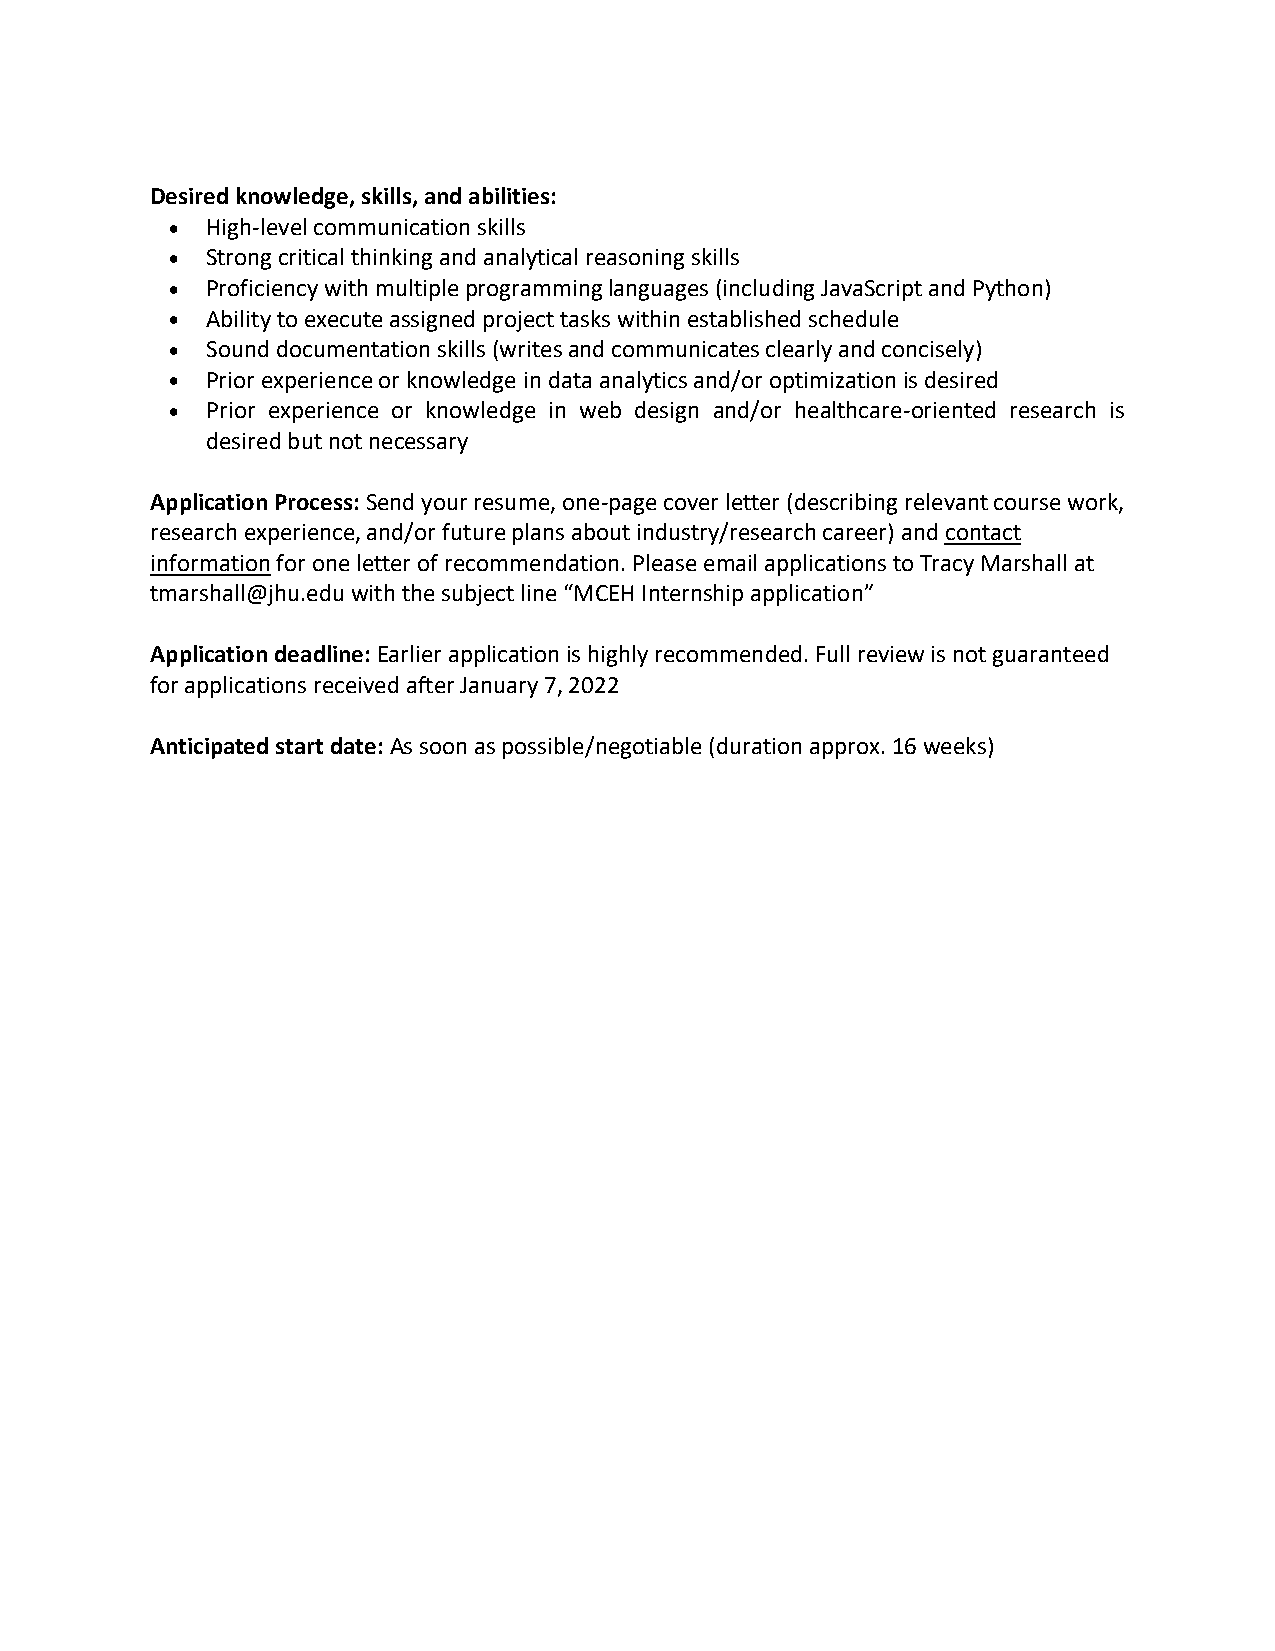
Desired knowledge, skills, and abilities:
 •  High-level communication skills
 •  Strong critical thinking and analytical reasoning skills
 •  Proficiency with multiple programming languages (including JavaScript and Python)
 •  Ability to execute assigned project tasks within established schedule
 •  Sound documentation skills (writes and communicates clearly and concisely)
 •  Prior experience or knowledge in data analytics and/or optimization is desired
 •  Prior experience or knowledge in web design and/or healthcare-oriented research is
 desired but not necessary
 Application Process: Send your resume, one-page cover letter (describing relevant course work,
 research experience, and/or future plans about industry/research career) and contact
 information for one letter of recommendation. Please email applications to Tracy Marshall at
 tmarshall@jhu.edu with the subject line “MCEH Internship application”
 Application deadline: Earlier application is highly recommended. Full review is not guaranteed
 for applications received after January 7, 2022
 Anticipated start date: As soon as possible/negotiable (duration approx. 16 weeks)